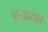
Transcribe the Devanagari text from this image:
पन्‍नासात